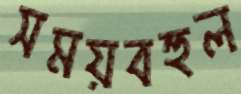
সময়বহুল